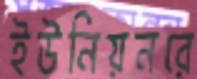
ইউনিয়নরে